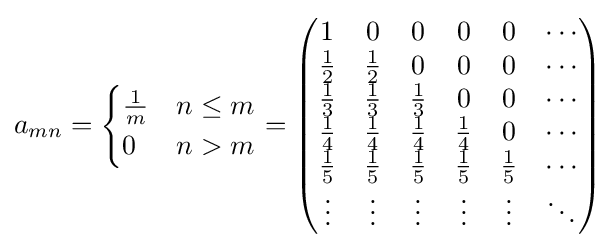
a_{mn}={\begin{cases}{\frac {1}{m}}&n\leq m\\0&n>m\end{cases}}={\begin{pmatrix}1&0&0&0&0&\cdots \\{\frac {1}{2}}&{\frac {1}{2}}&0&0&0&\cdots \\{\frac {1}{3}}&{\frac {1}{3}}&{\frac {1}{3}}&0&0&\cdots \\{\frac {1}{4}}&{\frac {1}{4}}&{\frac {1}{4}}&{\frac {1}{4}}&0&\cdots \\{\frac {1}{5}}&{\frac {1}{5}}&{\frac {1}{5}}&{\frac {1}{5}}&{\frac {1}{5}}&\cdots \\\vdots &\vdots &\vdots &\vdots &\vdots &\ddots \\\end{pmatrix}}